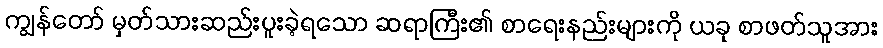
ကျွန်တော် မှတ်သားဆည်းပူးခဲ့ရသော ဆရာကြီး၏ စာရေးနည်းများကို ယခု စာဖတ်သူအား